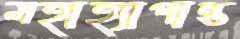
মহাহ্যাপান্ত